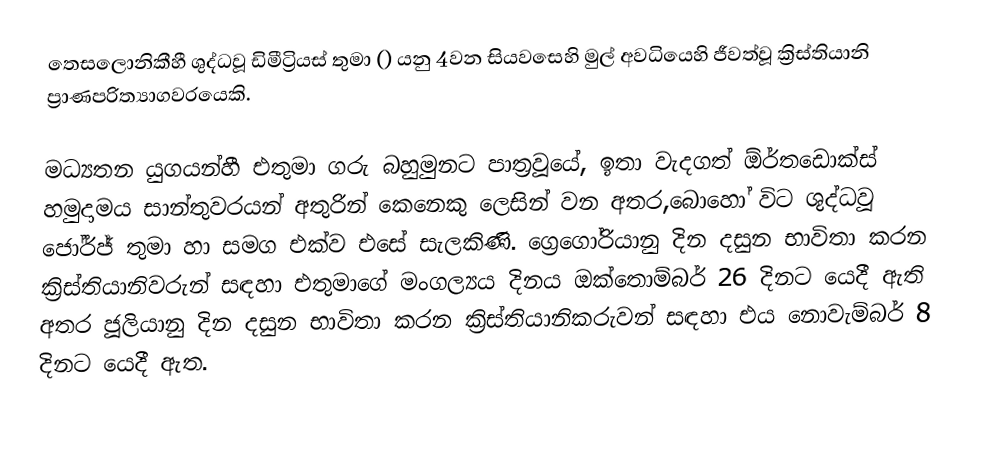
තෙසලොනිකීහී ශුද්ධවූ ඩිමීට්‍රියස් තුමා  () යනු  4වන සියවසෙහි මුල් අවධියෙහි ජීවත්වූ ක්‍රිස්තියානි ප්‍රාණපරිත්‍යාගවරයෙකි.

මධ්‍යතන යුගයන්හී එතුමා ගරු බහුමුනට පාත්‍රවූයේ, ඉතා වැදගත් ඕර්තඩොක්ස්  හමුදාමය සාන්තුවරයන් අතුරින් කෙනෙකු ලෙසින් වන අතර,බොහෝ විට ශුද්ධවූ ජෝර්ජ් තුමා හා සමග එක්ව එසේ සැලකිණි. ග්‍රෙගෝරියානු දින දසුන භාවිතා කරන  ක්‍රිස්තියානිවරුන් සඳහා එතුමාගේ මංගල්‍යය දිනය ඔක්තොම්බර් 26 දිනට යෙදී ඇති අතර ජූලියානු දින දසුන භාවිතා කරන ක්‍රිස්තියානිකරුවන් සඳහා එය නොවැම්බර් 8 දිනට යෙදී ඇත.